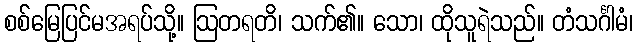
စစ်မြေပြင်မအရပ်သို့။ ဩတရတိ၊ သက်၏။ သော၊ ထိုသူရဲသည်။ တံသင်္ဂါမံ၊